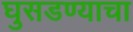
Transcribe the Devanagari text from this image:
घुसडण्याचा